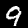
Label: 9